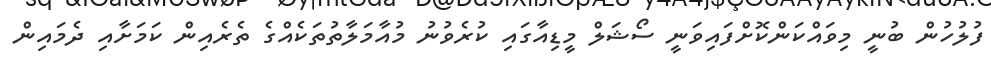
ފުލުހުން ބުނީ މިވައްކަންކޮށްފައިވަނީ ސޯޝަލް މީޑިއާގައި ކުރެވުނު މުއާމަލާތުތަކެއްގެ ތެރެއިން ކަމަށާއި ދެމައިން